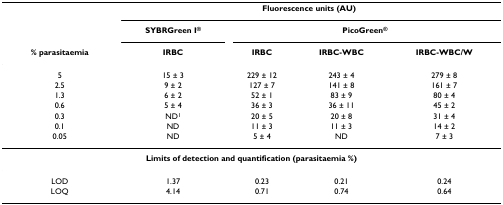
<table><thead><tr><td></td><td colspan="4"><b>Fluorescence units (AU)</b></td></tr><tr><td></td><td><b>SYBRGreen I<sup>®</sup></b></td><td colspan="3"><b>PicoGreen<sup>®</sup></b></td></tr><tr><td><b>% parasitaemia</b></td><td><b>IRBC</b></td><td><b>IRBC</b></td><td><b>IRBC-WBC</b></td><td><b>IRBC-WBC/W</b></td></tr></thead><tbody><tr><td>5</td><td>15 ± 3</td><td>229 ± 12</td><td>243 ± 4</td><td>279 ± 8</td></tr><tr><td>2.5</td><td>9 ± 2</td><td>127 ± 7</td><td>141 ± 8</td><td>161 ± 7</td></tr><tr><td>1.3</td><td>6 ± 2</td><td>52 ± 1</td><td>83 ± 9</td><td>80 ± 4</td></tr><tr><td>0.6</td><td>5 ± 4</td><td>36 ± 3</td><td>36 ± 11</td><td>45 ± 2</td></tr><tr><td>0.3</td><td>ND<sup>1</sup></td><td>20 ± 5</td><td>20 ± 8</td><td>31 ± 4</td></tr><tr><td>0.1</td><td>ND</td><td>11 ± 3</td><td>11 ± 3</td><td>14 ± 2</td></tr><tr><td>0.05</td><td>ND</td><td>5 ± 4</td><td>ND</td><td>7 ± 3</td></tr><tr><td colspan="5"><b>Limits of detection and quantification (parasitaemia %)</b></td></tr><tr><td>LOD</td><td>1.37</td><td>0.23</td><td>0.21</td><td>0.24</td></tr><tr><td>LOQ</td><td>4.14</td><td>0.71</td><td>0.74</td><td>0.64</td></tr></tbody></table>